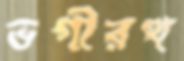
ভগীরথ